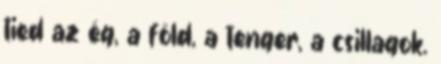
tied az ég, a föld, a tenger, a csillagok.